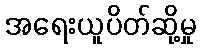
အရေးယူပိတ်ဆို့မှု